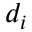
d _ { i }